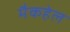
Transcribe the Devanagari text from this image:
मैकहेल